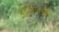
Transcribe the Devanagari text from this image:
ओलित्सकी